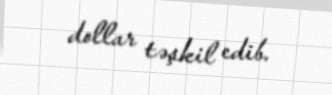
dollar təşkil edib.